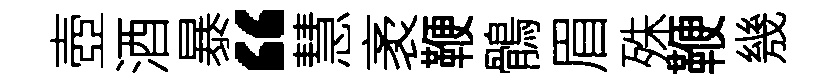
壺酒暴“慧袤鞭鶻眉殊鞭㡬